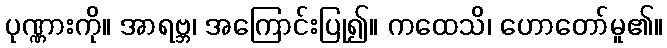
ပုဏ္ဏားကို။ အာရဗ္ဘ၊ အကြောင်းပြု၍။ ကထေသိ၊ ဟောတော်မူ၏။